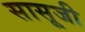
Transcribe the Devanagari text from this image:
सासूजी